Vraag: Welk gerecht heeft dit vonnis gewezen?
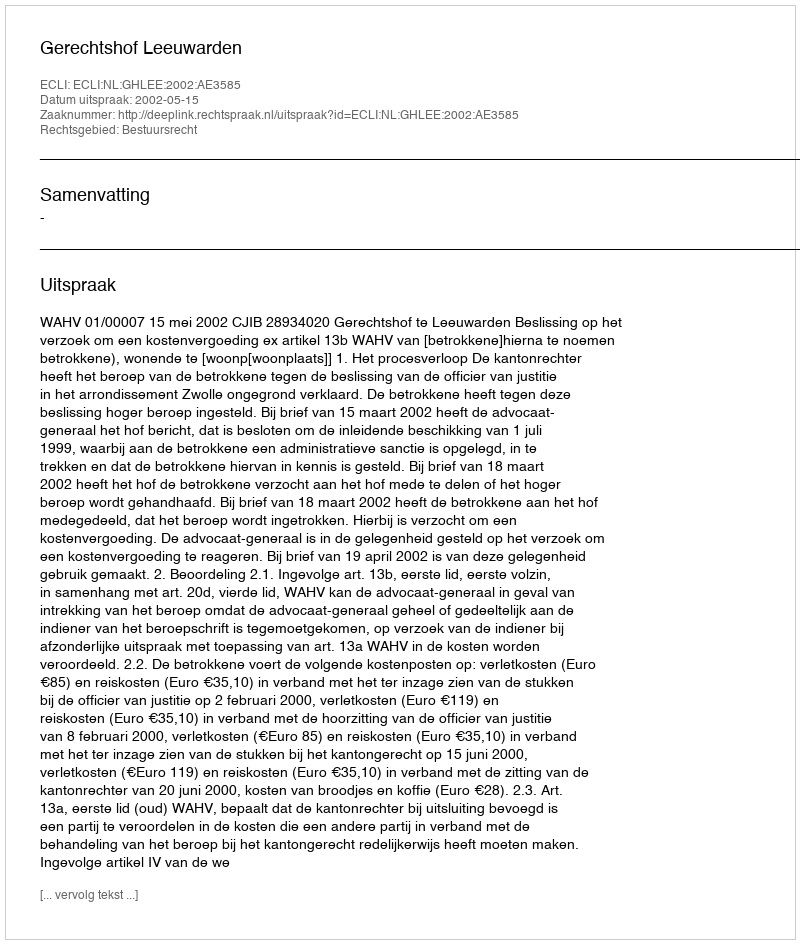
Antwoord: Gerechtshof Leeuwarden